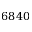
6 8 4 0